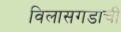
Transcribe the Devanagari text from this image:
विलासगडाची